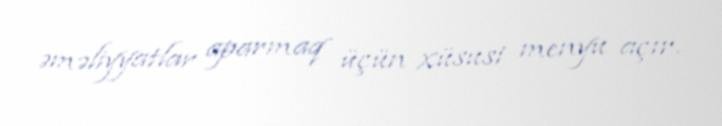
əməliyyatlar aparmaq üçün xüsusi menyu açır.